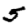
Digit: 5